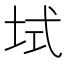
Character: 𫭫